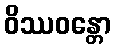
ဝိဿဝန္တော